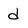
Character: d